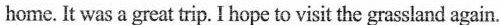
home. It was a great trip. I hope to visit the grassland again.